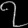
Digit: ၇